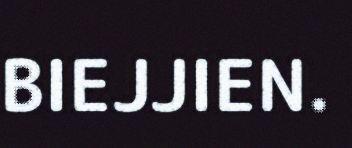
BIEJJIEN.